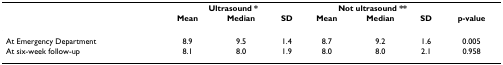
|  | <COLSPAN=3> Ultrasound * | <COLSPAN=3> Not ultrasound ** |  |
 |  | Mean | Median | SD | Mean | Median | SD | p-value |
 | --- | --- | --- | --- | --- | --- | --- | --- |
 | At Emergency Department | 8.9 | 9.5 | 1.4 | 8.7 | 9.2 | 1.6 | 0.005 |
 | At six-week follow-up | 8.1 | 8.0 | 1.9 | 8.0 | 8.0 | 2.1 | 0.958 |